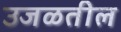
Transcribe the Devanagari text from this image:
उजळतील